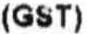
(GST)